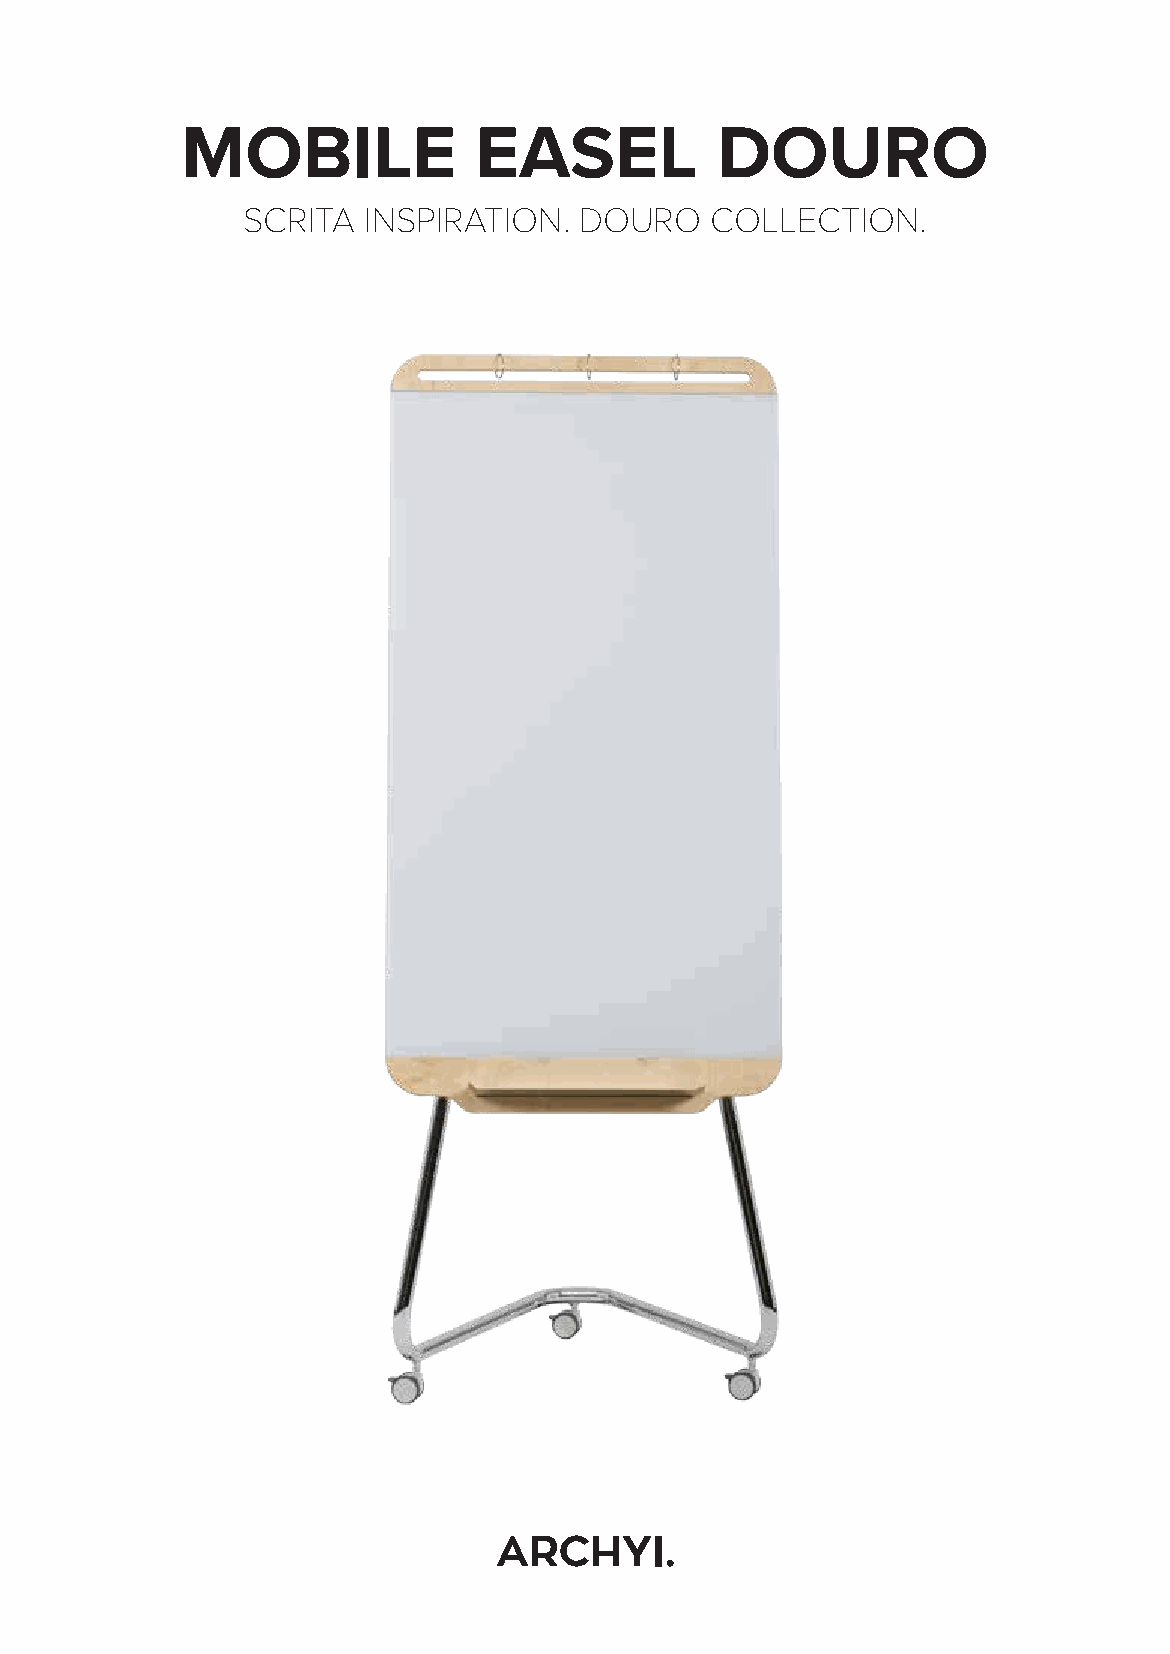
MOBILE             EASEL           DOURO
 SCRITA  INSPIRATION.  DOURO    COLLECTION.